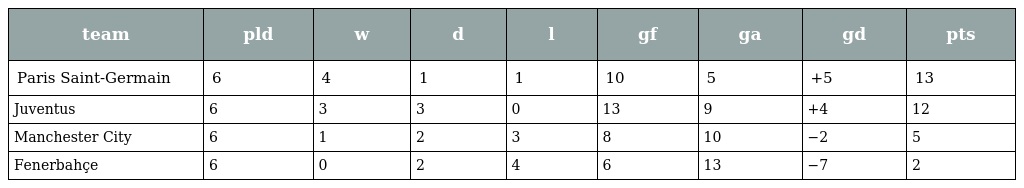
| team | pld | w | d | l | gf | ga | gd | pts |
 | --- | --- | --- | --- | --- | --- | --- | --- | --- |
 | Paris Saint-Germain | 6 | 4 | 1 | 1 | 10 | 5 | +5 | 13 |
 | Juventus | 6 | 3 | 3 | 0 | 13 | 9 | +4 | 12 |
 | Manchester City | 6 | 1 | 2 | 3 | 8 | 10 | −2 | 5 |
 | Fenerbahçe | 6 | 0 | 2 | 4 | 6 | 13 | −7 | 2 |